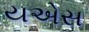
યએસ